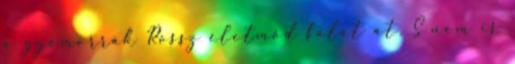
a gyomorrák Rossz életmód falát át, S nem is